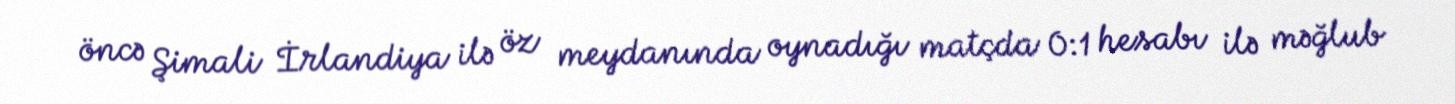
öncə Şimali İrlandiya ilə öz meydanında oynadığı matçda 0:1 hesabı ilə məğlub